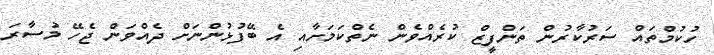
ހުކުމްތައް ސަރުކާރުން ތަންފީޒް ކުރެއްވެން ނެތްކަމަށާއި އެ ބޭފުޅުންނަށް ދެއްވަން ޖެހޭ މުސާރަ